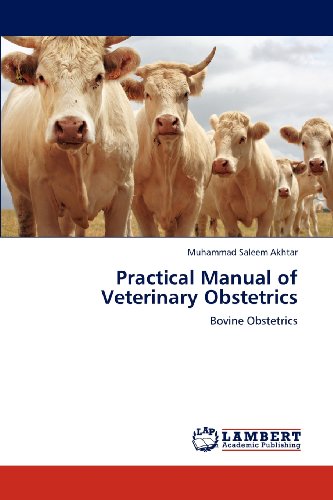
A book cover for Practical Manual of Veterinary Obstetrics: Bovine Obstetrics; Muhammad Saleem Akhtar; Medical Books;